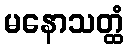
မနောသတ္ထံ